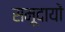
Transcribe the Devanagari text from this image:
समूदायों